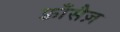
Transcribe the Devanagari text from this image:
फ़्राँसैज़